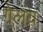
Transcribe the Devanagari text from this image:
गेलंय